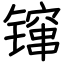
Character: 镩